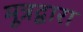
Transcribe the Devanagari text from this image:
मूत्रद्वारा